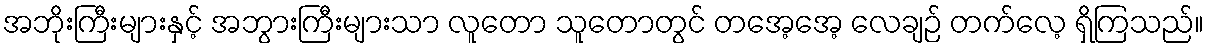
အဘိုးကြီးများနှင့် အဘွားကြီးများသာ လူတော သူတောတွင် တအေ့အေ့ လေချဉ် တက်လေ့ ရှိကြသည်။